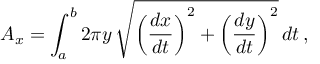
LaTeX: A _ { x } = \int _ { a } ^ { b } 2 \pi y \, { \sqrt { \left( { \frac { d x } { d t } } \right) ^ { 2 } + \left( { \frac { d y } { d t } } \right) ^ { 2 } } } \, d t \, ,